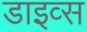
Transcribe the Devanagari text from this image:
डाइव्स